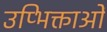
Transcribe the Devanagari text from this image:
उप्भिक्ताओं